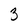
Character: 3